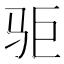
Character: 𱅃